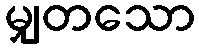
မျှတသော